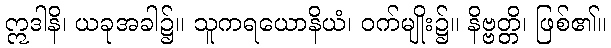
ဣဒါနိ၊ ယခုအခါ၌။ သူကရယောနိယံ၊ ဝက်မျိုး၌။ နိဗ္ဗတ္တိ၊ ဖြစ်၏။